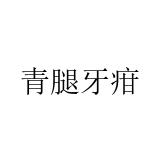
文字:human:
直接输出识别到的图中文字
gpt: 青腿牙疳